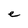
Character: e